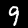
Label: 9